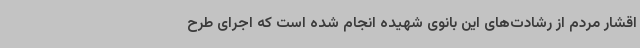
اقشار مردم از رشادت‌های این بانوی شهیده انجام شده است که اجرای طرح